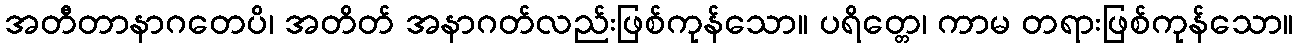
အတီတာနာဂတေပိ၊ အတိတ် အနာဂတ်လည်းဖြစ်ကုန်သော။ ပရိတ္တေ၊ ကာမ တရားဖြစ်ကုန်သော။